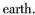
earth.